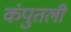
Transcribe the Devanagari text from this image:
कंपुतली